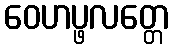
ဝေဟပ္ဖလတ္တေ